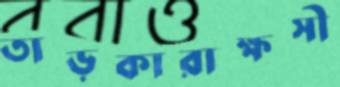
তাড়কারাক্ষসী